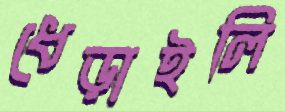
ধেড়াইলি